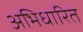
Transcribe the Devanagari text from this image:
अभिधारित